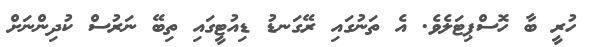
ހުރީ ބާ ހޮސްޕިޓަލެވެ. އެ ތަނުގައި ރޭގަނޑު ޑިއުޓީގައި ތިބޭ ނަރުސް ކުދިންނަށް